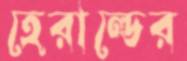
হেরাল্ডের